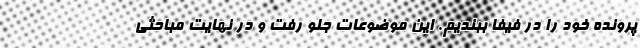
پرونده خود را در فیفا ببندیم. این موضوعات جلو رفت و در نهایت مباحثی